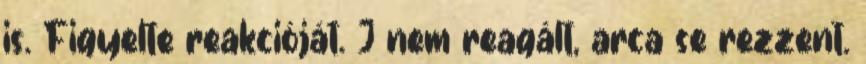
is. Figyelte reakcióját. J nem reagált, arca se rezzent.